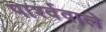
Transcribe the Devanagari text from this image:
पार्श्ववाले